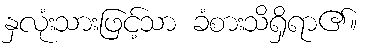
နှလုံးသားဖြင့်သာ ခံစားသိရှိရာ၏။